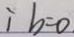
i b = 0